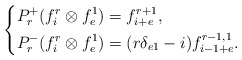
\begin{align*}\left\{\begin{aligned} & P^+_r(f^r_i\otimes f^1_e)=f^{r+1}_{i+e},\\& P^-_r(f^r_i\otimes f^1_e)=(r\delta_{e1}-i)f^{r-1,1}_{i-1+e}.\end{aligned}\right.\end{align*}